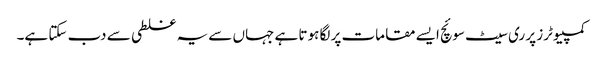
کمپیوٹرز پر ری سیٹ سوئچ ایسے مقامات پر لگا ہوتا ہے جہاں سے یہ غلطی سے دب سکتا ہے۔